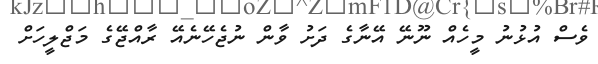
ވެސް އުޅުނު މީހެއް ނޫނޭ އޭނާގެ ދަށު ވާން ނުޖެހޭނެއޭ ރާއްޖޭގެ މަޖްލީހަށް